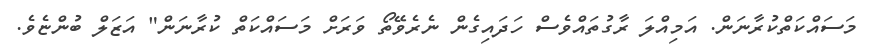
މަސައްކަތްކުރާނަން. އަމިއްލަ ރާގުތައްވެސް ހަދައިގެން ނެރެވޭތޯ ވަރަށް މަސައްކަތް ކުރާނަން" އަޒަލް ބުންޏެވެ.